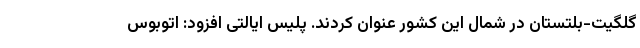
گلگیت-بلتستان در شمال این کشور عنوان کردند. پلیس ایالتی افزود: اتوبوس